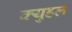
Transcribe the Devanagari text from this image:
क्युहल